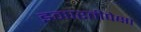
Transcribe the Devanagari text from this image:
इमारतीपेक्षा